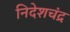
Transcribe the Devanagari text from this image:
निदेशचंद्र